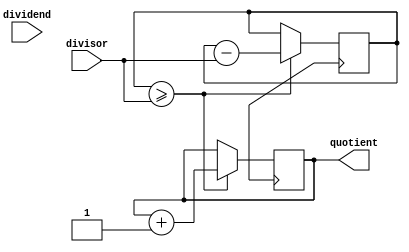
module Counter_Based_Divider (
    input wire [7:0] dividend,
    input wire [7:0] divisor,
    output reg [7:0] quotient
);

reg [7:0] remainder;
reg [7:0] counter;

always @ (posedge clk) begin
    if (remainder >= divisor) begin
        remainder <= remainder - divisor;
        counter <= counter + 1;
    end
end

assign quotient = counter;

endmodule